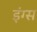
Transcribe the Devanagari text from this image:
इंग्स